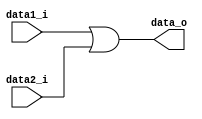
module Or_gate
(
	data1_i,
	data2_i,
	data_o
);

input 	data1_i,data2_i;
output 	data_o;

assign data_o=data1_i | data2_i;

endmodule